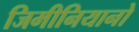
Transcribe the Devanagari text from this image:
जिमीनियानो